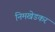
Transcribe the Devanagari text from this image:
निमखेडकर